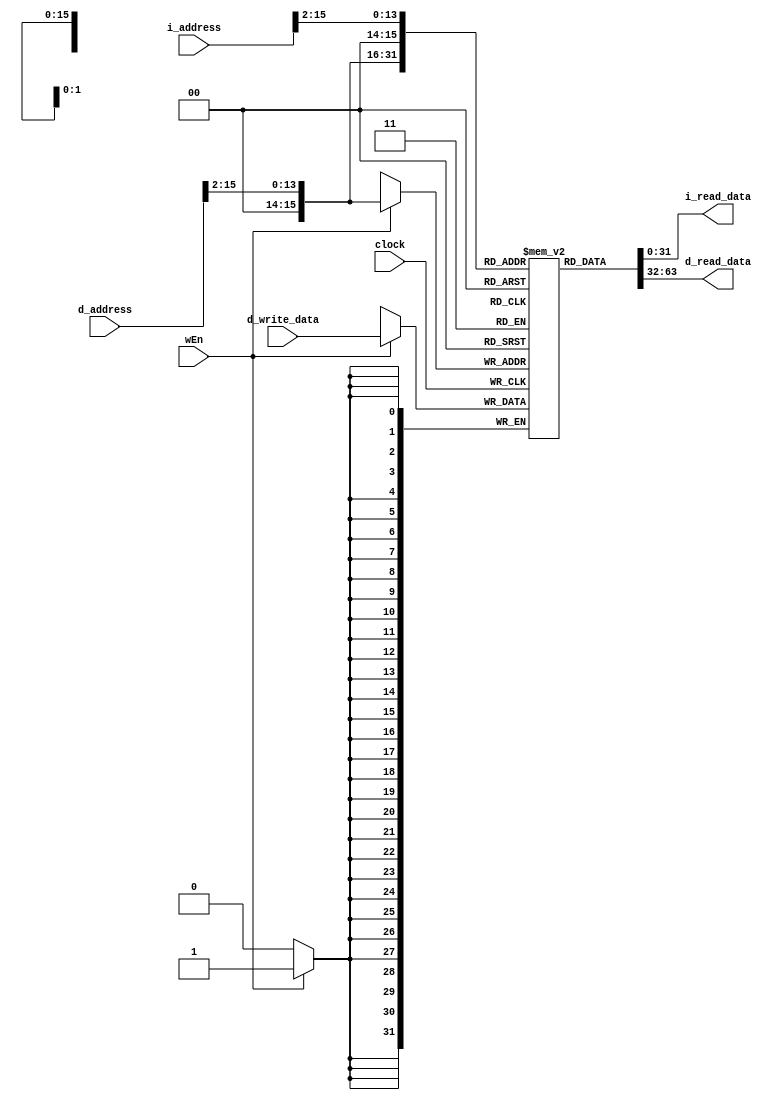
// Name: David Kirk, Zachary Carlson
// BU ID: U51166236, U14078190
// EC413 Project: Ram Module

module ram #(
  parameter DATA_WIDTH = 32,
  parameter ADDR_WIDTH = 16
) (
  input  clock,

  // Instruction Port
  input  [ADDR_WIDTH-1:0] i_address,
  output [DATA_WIDTH-1:0] i_read_data,

  // Data Port
  input  wEn,
  input  [ADDR_WIDTH-1:0] d_address,
  input  [DATA_WIDTH-1:0] d_write_data,
  output [DATA_WIDTH-1:0] d_read_data

);

localparam RAM_DEPTH = 1 << ADDR_WIDTH;

reg [DATA_WIDTH-1:0] ram [0:RAM_DEPTH-1];

/******************************************************************************
*                      Start Your Code Here
******************************************************************************/

assign d_read_data = ram[d_address[ADDR_WIDTH-1:2]];
assign i_read_data = ram[i_address[ADDR_WIDTH-1:2]];

	always @(posedge clock) begin
		if (wEn == 1) begin
			ram[d_address[ADDR_WIDTH-1:2]] <= d_write_data;
		end
		
	end

endmodule